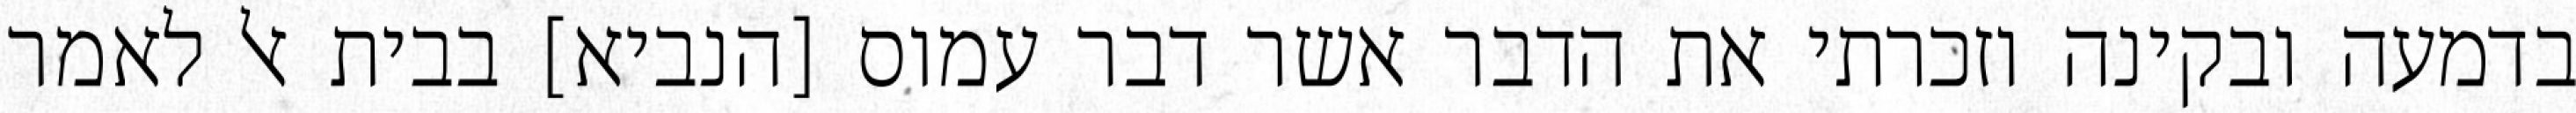
בדמעה ובקינה וזכרתי את הדבר אשר דבר עמוס [הנביא] בבית אל לאמר